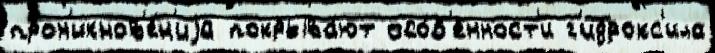
прон'икнов'е́н'иjа покрыва́ют осо́б'енност'и г'идрокс'ила